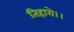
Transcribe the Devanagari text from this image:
तिहारो।।